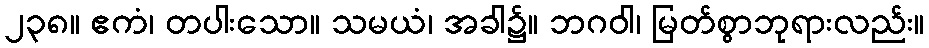
၂၃၈။ ဧကံ၊ တပါးသော။ သမယံ၊ အခါ၌။ ဘဂဝါ၊ မြတ်စွာဘုရားလည်း။